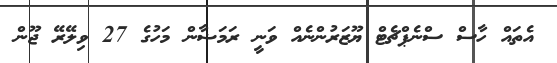
އެތައް ހާސް ސްނެޕްޗެޓް ޔޫޒަރުންނެއް ވަނީ ރަމަޟާން މަހުގެ 27 ވިލޭރޭ ޖޫން